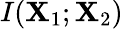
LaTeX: I(\mathbf{X}_{1};\mathbf{X}_{2})